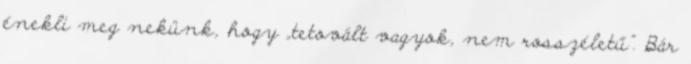
énekli meg nekünk, hogy „tetovált vagyok, nem rosszéletű”. Bár